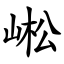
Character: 㟣